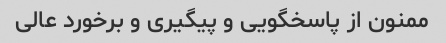
ممنون از پاسخگویی و پیگیری و برخورد عالی